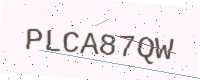
Text: PLCA87QW